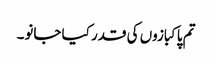
تم پاکبازوں کی قدر کیا جانو۔